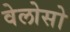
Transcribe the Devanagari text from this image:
वेलोसो